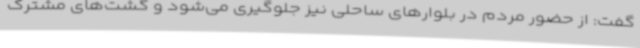
گفت: از حضور مردم در بلوارهای ساحلی نیز جلوگیری می‌شود و گشت‌های مشترک